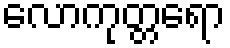
လောကုတ္တရော